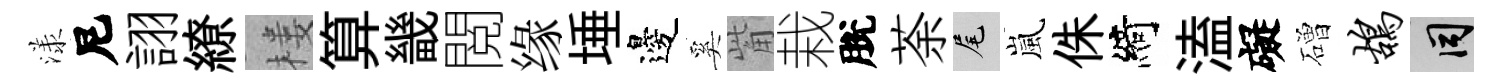
漾尼詡繚楼算畿閲缘埵邊奚觜栽脫荼尾嵐侏綺溘礙磳鸪间